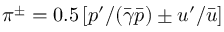
\pi ^ { \pm } = 0 . 5 \left[ { p ^ { \prime } } / { ( \bar { \gamma } \bar { p } ) } \pm { u ^ { \prime } } / { \bar { u } } \right]